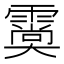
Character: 𩅌